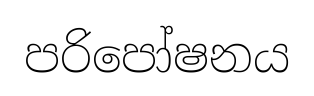
පරිපෝෂනය